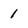
Character: 1